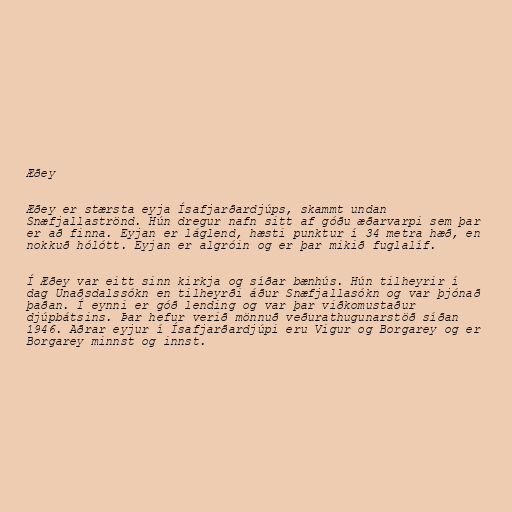
Æðey

Æðey er stærsta eyja Ísafjarðardjúps, skammt undan
Snæfjallaströnd. Hún dregur nafn sitt af góðu æðarvarpi sem þar
er að finna. Eyjan er láglend, hæsti punktur í 34 metra hæð, en
nokkuð hólótt. Eyjan er algróin og er þar mikið fuglalíf.

Í Æðey var eitt sinn kirkja og síðar bænhús. Hún tilheyrir í
dag Unaðsdalssókn en tilheyrði áður Snæfjallasókn og var þjónað
þaðan. Í eynni er góð lending og var þar viðkomustaður
djúpbátsins. Þar hefur verið mönnuð veðurathugunarstöð síðan
1946. Aðrar eyjur í Ísafjarðardjúpi eru Vigur og Borgarey og er
Borgarey minnst og innst.